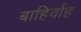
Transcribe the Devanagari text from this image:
बाहिर्वाह